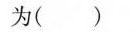
为( )